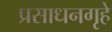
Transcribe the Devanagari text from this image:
प्रसाधनगृहे